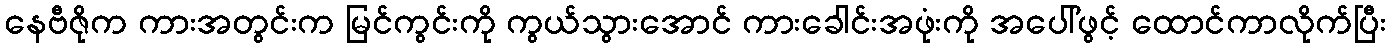
နေဗီဇိုက ကားအတွင်းက မြင်ကွင်းကို ကွယ်သွားအောင် ကားခေါင်းအဖုံးကို အပေါ်ဖွင့် ထောင်ကာလိုက်ပြီး